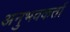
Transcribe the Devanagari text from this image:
अनुभवकर्ता